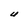
Character: U